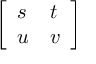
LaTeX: \left[ \begin{array} { l l } { s } & { t } \\ { u } & { v } \end{array} \right]